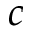
c